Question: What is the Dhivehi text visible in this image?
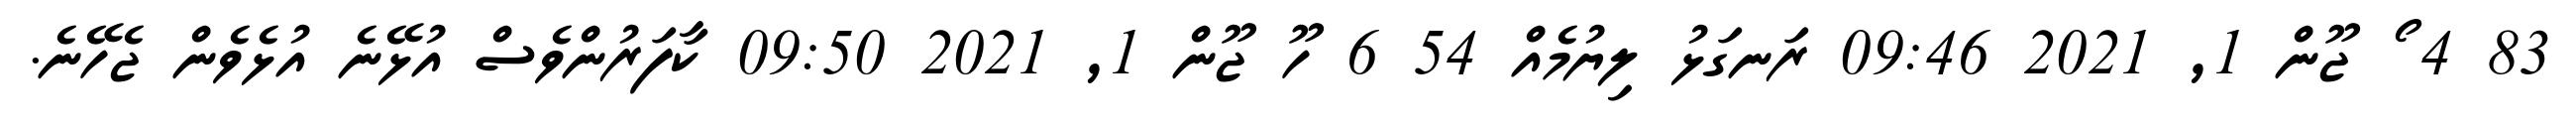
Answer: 83 4 ޯ ޖޫން 1, 2021 09:46 ރަނގަޅު ލިޔުމެއް 54 6 ހޫ ޖޫން 1, 2021 09:50 ކާފަރުންވެސް އުޅޭނެ އުޅެވެން ޖެހޭނެ.